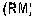
(RM)